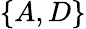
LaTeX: \{ A,D\}